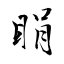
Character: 睊